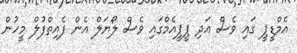
އެމްޑީޕީ ގައި ވެސް އަދި ޕީޕީއެމްގައި ވެސް ލޯޔަލް އެން ފެއިތްފުލް މީހުން